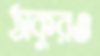
ঠাকুরও